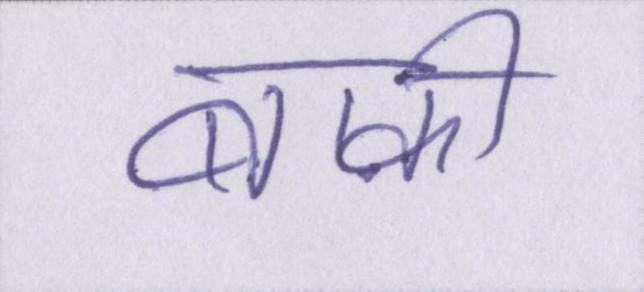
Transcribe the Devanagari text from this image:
बाक़ी